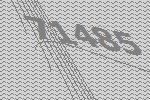
71485